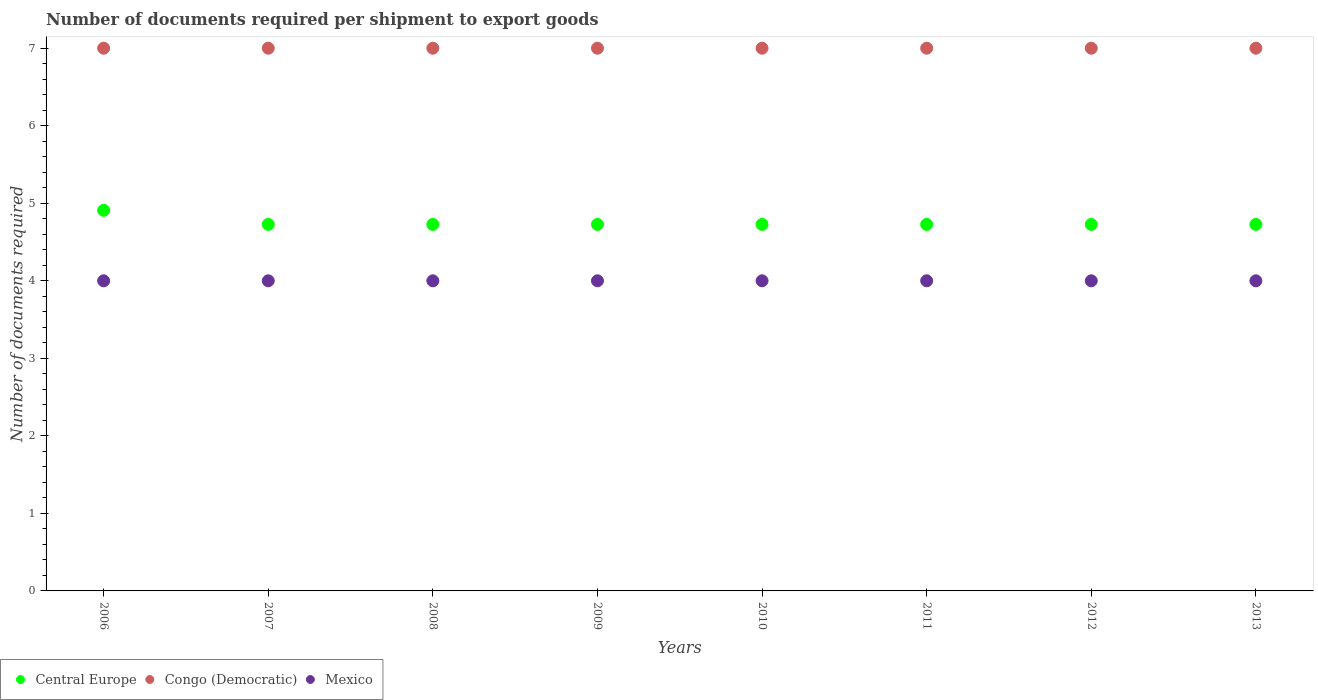
| Years | Central Europe | Congo (Democratic) | Mexico |
 | --- | --- | --- | --- |
 | 2006 | 4.91 | 7 | 4 |
 | 2007 | 4.73 | 7 | 4 |
 | 2008 | 4.73 | 7 | 4 |
 | 2009 | 4.73 | 7 | 4 |
 | 2010 | 4.73 | 7 | 4 |
 | 2011 | 4.73 | 7 | 4 |
 | 2012 | 4.73 | 7 | 4 |
 | 2013 | 4.73 | 7 | 4 |